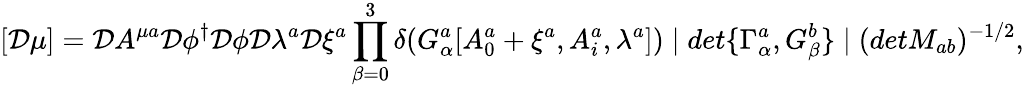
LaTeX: [{\cal D}\mu]={\cal D}A^{\mu a}{\cal D}\phi^{\dagger}{\cal D}\phi{\cal D}\lambda^{a}{\cal D}\xi^{a}\prod_{\beta=0}^{3}\delta(G_{\alpha}^{a}[A_{0}^{a}+\xi^{a},A_{i}^{a},\lambda^{a}])\mid det\{ \Gamma_{\alpha}^{a},G_{\beta}^{b}\} \mid(detM_{ab})^{-1/2},